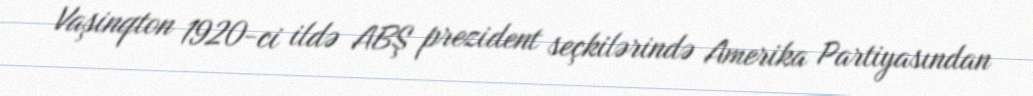
Vaşinqton 1920-ci ildə ABŞ prezident seçkilərində Amerika Partiyasından